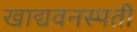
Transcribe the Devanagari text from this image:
खाद्यवनस्पती